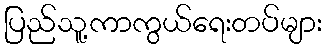
ပြည်သူ့ကာကွယ်ရေးတပ်များ